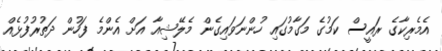
އެމެރިކާގެ ރައީސް ކަމުގެ މަގާމުގައި ހުންނަވައިގެން މެލޭޝިއާ އަށް އެންމެ ފަހުން ދަތުރުފުޅެއް